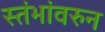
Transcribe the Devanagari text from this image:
स्तंभांवरुन